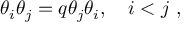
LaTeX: \theta _ { i } \theta _ { j } = q \theta _ { j } \theta _ { i } , ~ ~ ~ i < j ~ ,